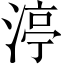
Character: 渟